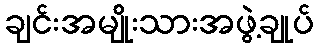
ချင်းအမျိုးသားအဖွဲ့ချုပ်